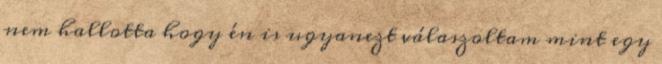
nem hallotta hogy én is ugyanezt válaszoltam mint egy